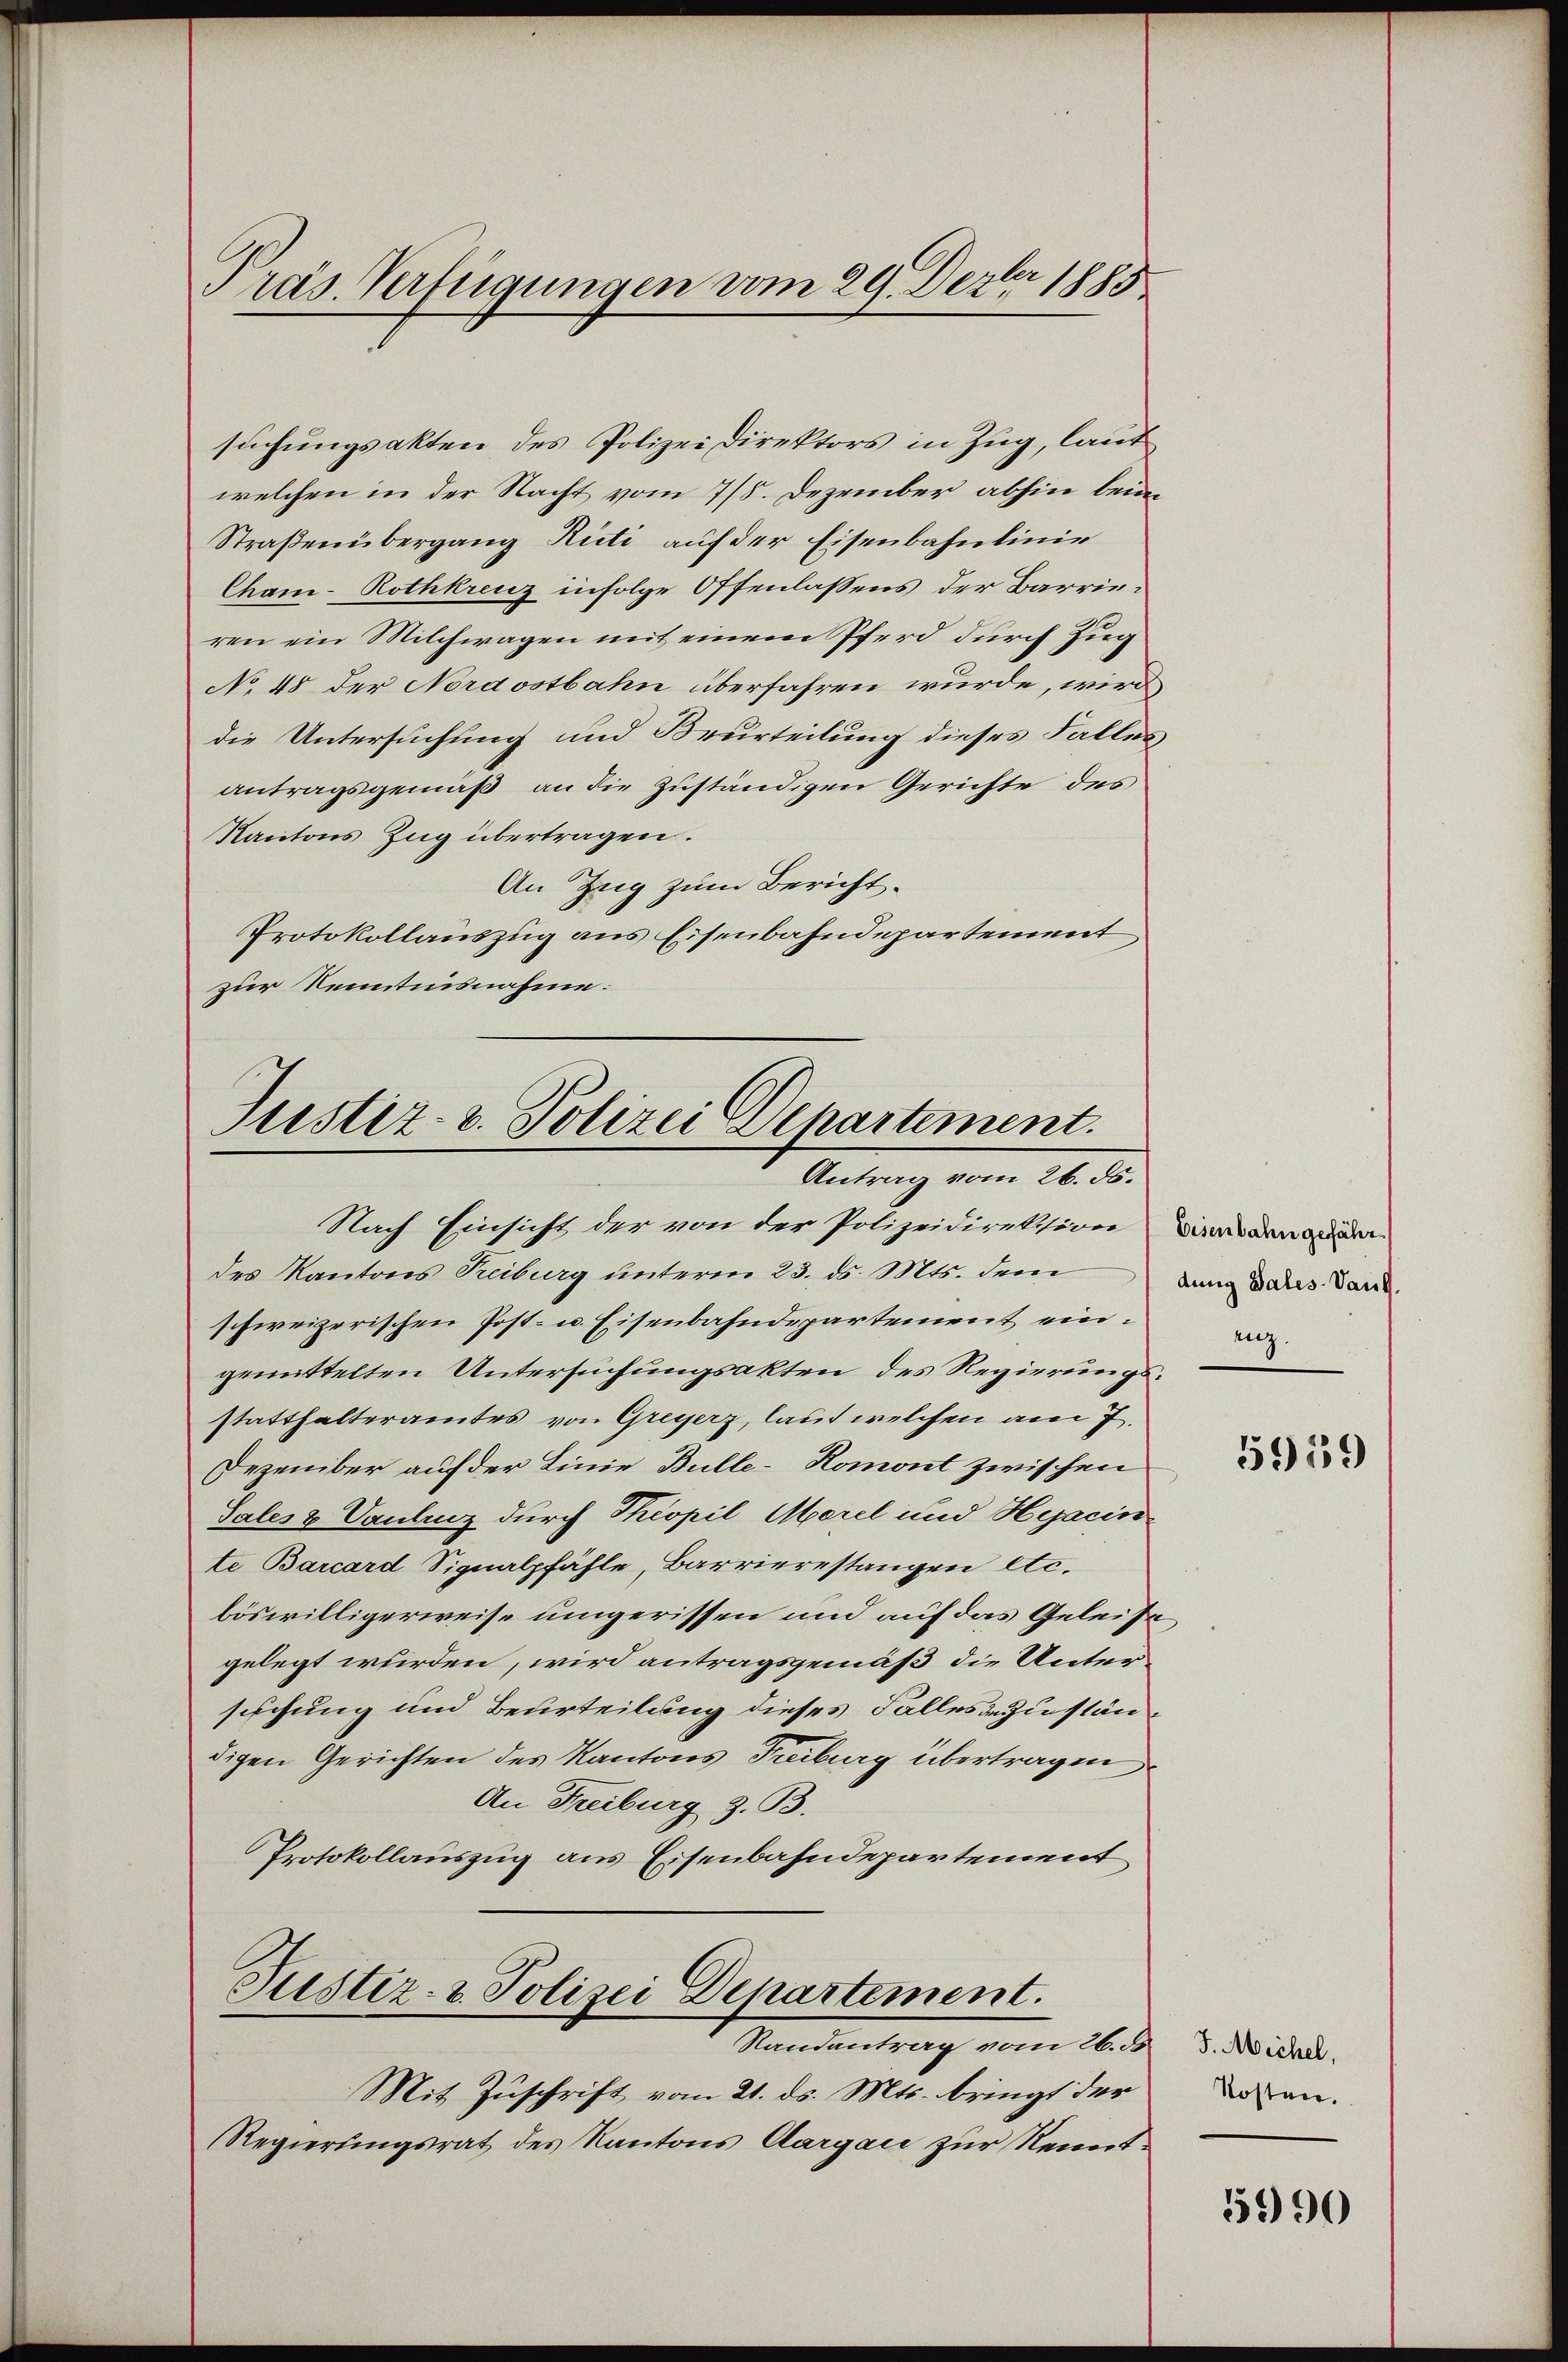
Präs. Verfügungen vom 29. Dezbr 1885

suchungsakten des Polizeidirektors in Zug, laut
welchen in der Nacht vom 7/8. Dezember abhin beim
Straßenübergang Rüti auf der Eisenbahnlinie
Cham-Rothkreuz infolge Offenlassens der Barrieren ein Milchwagen mit einem Pferd durch Zug
No 48 der Nordostbahn überfahren wurde, wird
die Untersuchung und Beurteilung dieses Falles
antragsgemäß an die zuständigen Gerichte des
Kantons Zug übertragen.
An Zug zum Bericht.
Protokollauszug aus Eisenbahndepartement
zur Kenntnisnahme.

Justiz- u. Polizei Departement.
Antrag vom 26. ds.

Nach Einsicht der von der Polizeidirektion in den ande
des Kantons Treiburg unterm 23. ds. Mts. dem
schweizerischen Post- u. Eisenbahndepartement eingemittelten Untersuchungsakten des Regierungsstatthalteramtes von Greyerz, laut welchen am 7.
Dezember auf der Linie Bulle-Komont zwischen
Sales & Kantenz durch Theopil Merel und Hyjacin
te Barcard Signalpfähle, Barrierestangen etc.
böswilligerweise ungerissen und auf das Geleise,
gelegt wurden, wird antragsgemäß die Untersuchung und Beurteilung dieses Falles zustän
digen Gerichten des Kantons Freiburg übertragen
An Freiburg z. B.
Protokollauszug aus Eisenbahndepartement
Justiz- & Polizei Departement.
Randantrag vom 26. ds
Mit Zuschrift vom 21. ds. Mts. bringt der
Regierungsrat des Kantons Aargau zur Kennt¬

dung Vales Vaud.
enz.

5959

F. Michel,
Kosten.

5990